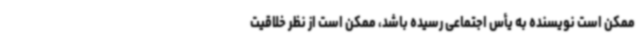
ممکن است نویسنده به یأس اجتماعی رسیده باشد، ممکن است از نظر خلاقیت